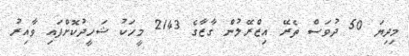
މިދިޔަ 50 ދުވަސް ތެރޭ އިޒްރޭލުން ގާޒާގެ 2143 މީހަކު ޝަހީދުކޮށްފައި ވާއިރު